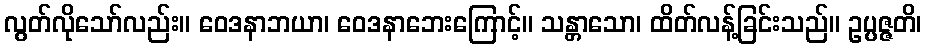
လွတ်လိုသော်လည်း။ ဝေဒနာဘယာ၊ ဝေဒနာဘေးကြောင့်။ သန္တာသော၊ ထိတ်လန့်ခြင်းသည်။ ဥပ္ပဇ္ဇတိ၊